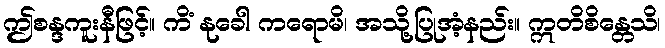
ဤစန္ဒကူးနီဖြင့်။ ကိံ နုခေါ ကရောမိ၊ အသို့ပြုအံ့နည်း။ ဣတိစိန္တေသိ၊